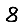
Digit: 8